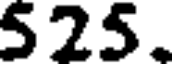
525.